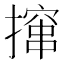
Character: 撺